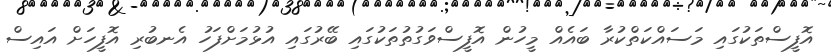
އޮފީސްތަކުގައި މަސައްކަތްކުރާ ބައެއް މީހުން އޮފީސްވަގުތުތަކުގައި ބޭރުގައި އުޅުމަށްފަހު އެނބުރި އޮފީހަށް އައިސް